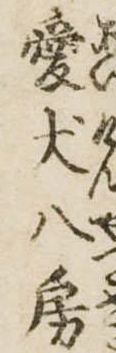
愛犬八房